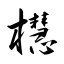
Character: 櫘